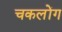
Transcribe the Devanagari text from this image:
चकलोंग